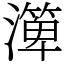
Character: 㵺